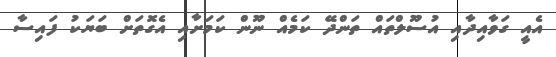
އެއީ ގަވާއިދާއި އުސޫލްތައް ތަންދޭ ކަމެއް ނޫން ކަމަށާއި އެގޮތަށް ބަޔަކު ފައިސާ